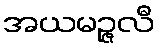
အယမဉ္ဇလီ